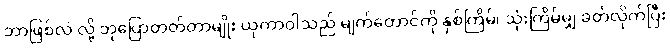
ဘာဖြစ်လဲ လို့ ဘုပြောတတ်တာမျိုး ယုကာဝါသည် မျက်တောင်ကို နှစ်ကြိမ်၊ သုံးကြိမ်မျှ ခတ်လိုက်ပြီး